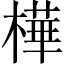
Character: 樺